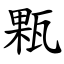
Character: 㼫